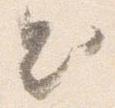
出